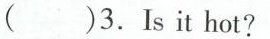
( )3. Isit hot?